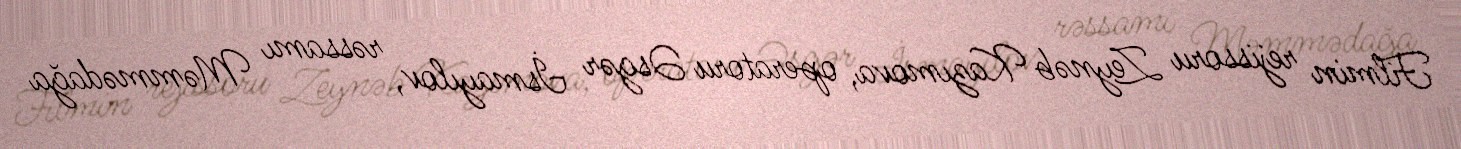
Filmin rejissoru Zeynəb Kazımova, operatoru Əsgər İsmayılov, rəssamı Məmmədağa